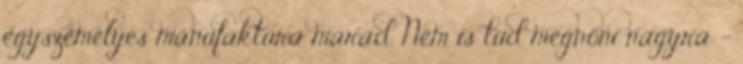
egyszemélyes manufaktúra marad. Nem is tud megnőni nagyra -